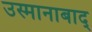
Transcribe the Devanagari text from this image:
उस्मानाबाद्